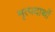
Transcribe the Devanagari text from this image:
मृत्पदार्थो